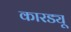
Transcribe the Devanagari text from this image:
कारड्यू